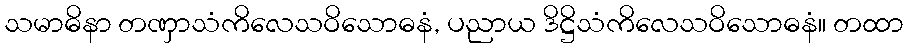
သမာဓိနာ တဏှာသံကိလေသဝိသောဓနံ, ပညာယ ဒိဋ္ဌိသံကိလေသဝိသောဓနံ။ တထာ